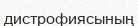
дистрофиясының